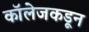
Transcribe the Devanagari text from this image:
कॉलेजकडून